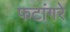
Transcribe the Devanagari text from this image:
फटांगरे